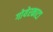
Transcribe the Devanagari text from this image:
गोयेरकाटा